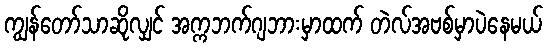
ကျွန်တော်သာဆိုလျှင် အက္ကဘက်ဂျဘားမှာထက် တဲလ်အဗစ်မှာပဲနေမယ်